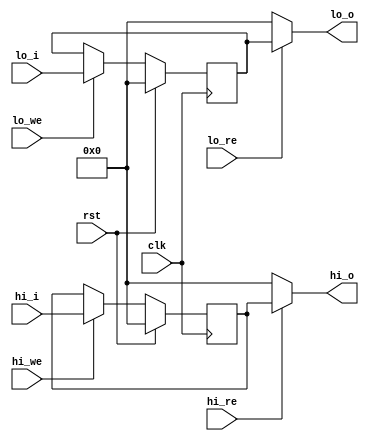
module hilo_reg(
    input wire clk,
    input wire rst,
    // write
    input wire hi_we,
    input wire lo_we,
    input wire [31:0]hi_i,
    input wire [31:0]lo_i,
    // read
    input wire hi_re,
    input wire lo_re,
    output wire [31:0] hi_o,
    output wire [31:0] lo_o
);

    reg [31:0] hi, lo;
    always @ (posedge clk) begin
        if (rst) begin
            hi <= 32'b0;
        end
        else if (hi_we) begin
            hi <= hi_i;
        end
    end

    always @ (posedge clk) begin
        if (rst) begin
            lo <= 32'b0;
        end
        else if (lo_we) begin
            lo <= lo_i;
        end
    end

    assign hi_o = hi_re ? hi : 32'b0;
    assign lo_o = lo_re ? lo : 32'b0;

endmodule